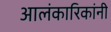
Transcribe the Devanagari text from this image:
आलंकारिकांनी